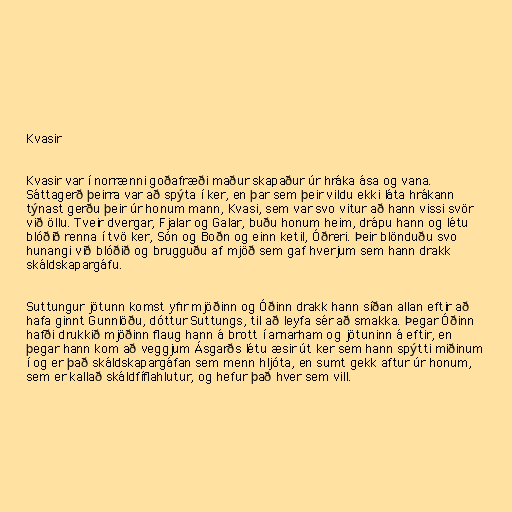
Kvasir

Kvasir var í norrænni goðafræði maður skapaður úr hráka ása og vana.
Sáttagerð þeirra var að spýta í ker, en þar sem þeir vildu ekki láta hrákann
týnast gerðu þeir úr honum mann, Kvasi, sem var svo vitur að hann vissi svör
við öllu. Tveir dvergar, Fjalar og Galar, buðu honum heim, drápu hann og létu
blóðið renna í tvö ker, Són og Boðn og einn ketil, Óðreri. Þeir blönduðu svo
hunangi við blóðið og brugguðu af mjöð sem gaf hverjum sem hann drakk
skáldskapargáfu.

Suttungur jötunn komst yfir mjöðinn og Óðinn drakk hann síðan allan eftir að
hafa ginnt Gunnlöðu, dóttur Suttungs, til að leyfa sér að smakka. Þegar Óðinn
hafði drukkið mjöðinn flaug hann á brott í arnarham og jötuninn á eftir, en
þegar hann kom að veggjum Ásgarðs létu æsir út ker sem hann spýtti miðinum
í og er það skáldskapargáfan sem menn hljóta, en sumt gekk aftur úr honum,
sem er kallað skáldfíflahlutur, og hefur það hver sem vill.